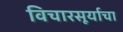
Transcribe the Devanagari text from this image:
विचारसूर्याचा